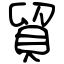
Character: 貿